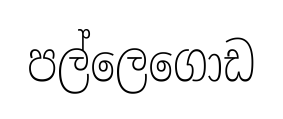
පල්ලෙගොඩ